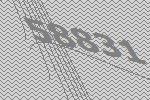
58831